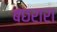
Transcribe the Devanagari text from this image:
बछरारा